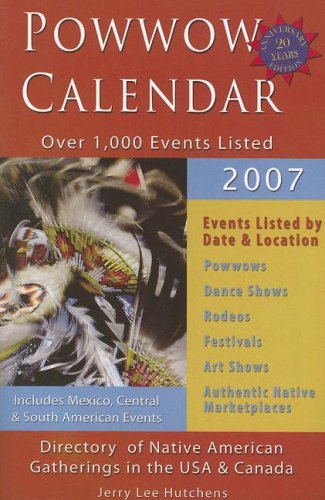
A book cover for Powwow 2007 Calendar (Powwow Calendar) (Powwow Calendar: Guide to Native American Gatherings in the U.S.A. & Canada); Jerry Lee Hutchens; Calendars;